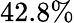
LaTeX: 42.8\%